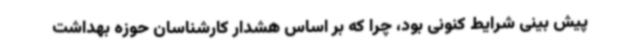
پیش بینی شرایط کنونی بود، چرا که بر اساس هشدار کارشناسان حوزه بهداشت